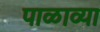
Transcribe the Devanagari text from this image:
पाळाव्या